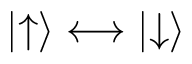
| { \uparrow } \rangle \longleftrightarrow | { \downarrow } \rangle